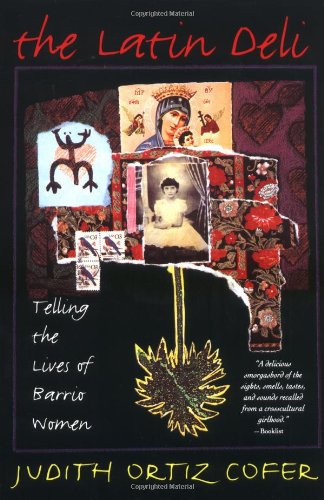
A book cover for The Latin Deli: Telling the Lives of Barrio Women; Judith Ortiz Cofer; Biographies & Memoirs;